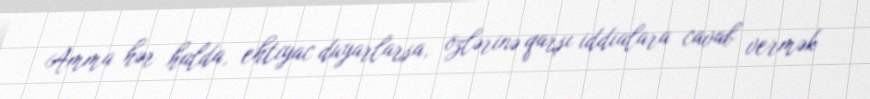
Amma hər halda, ehtiyac duyarlarsa, özlərinə qarşı iddialara cavab vermək